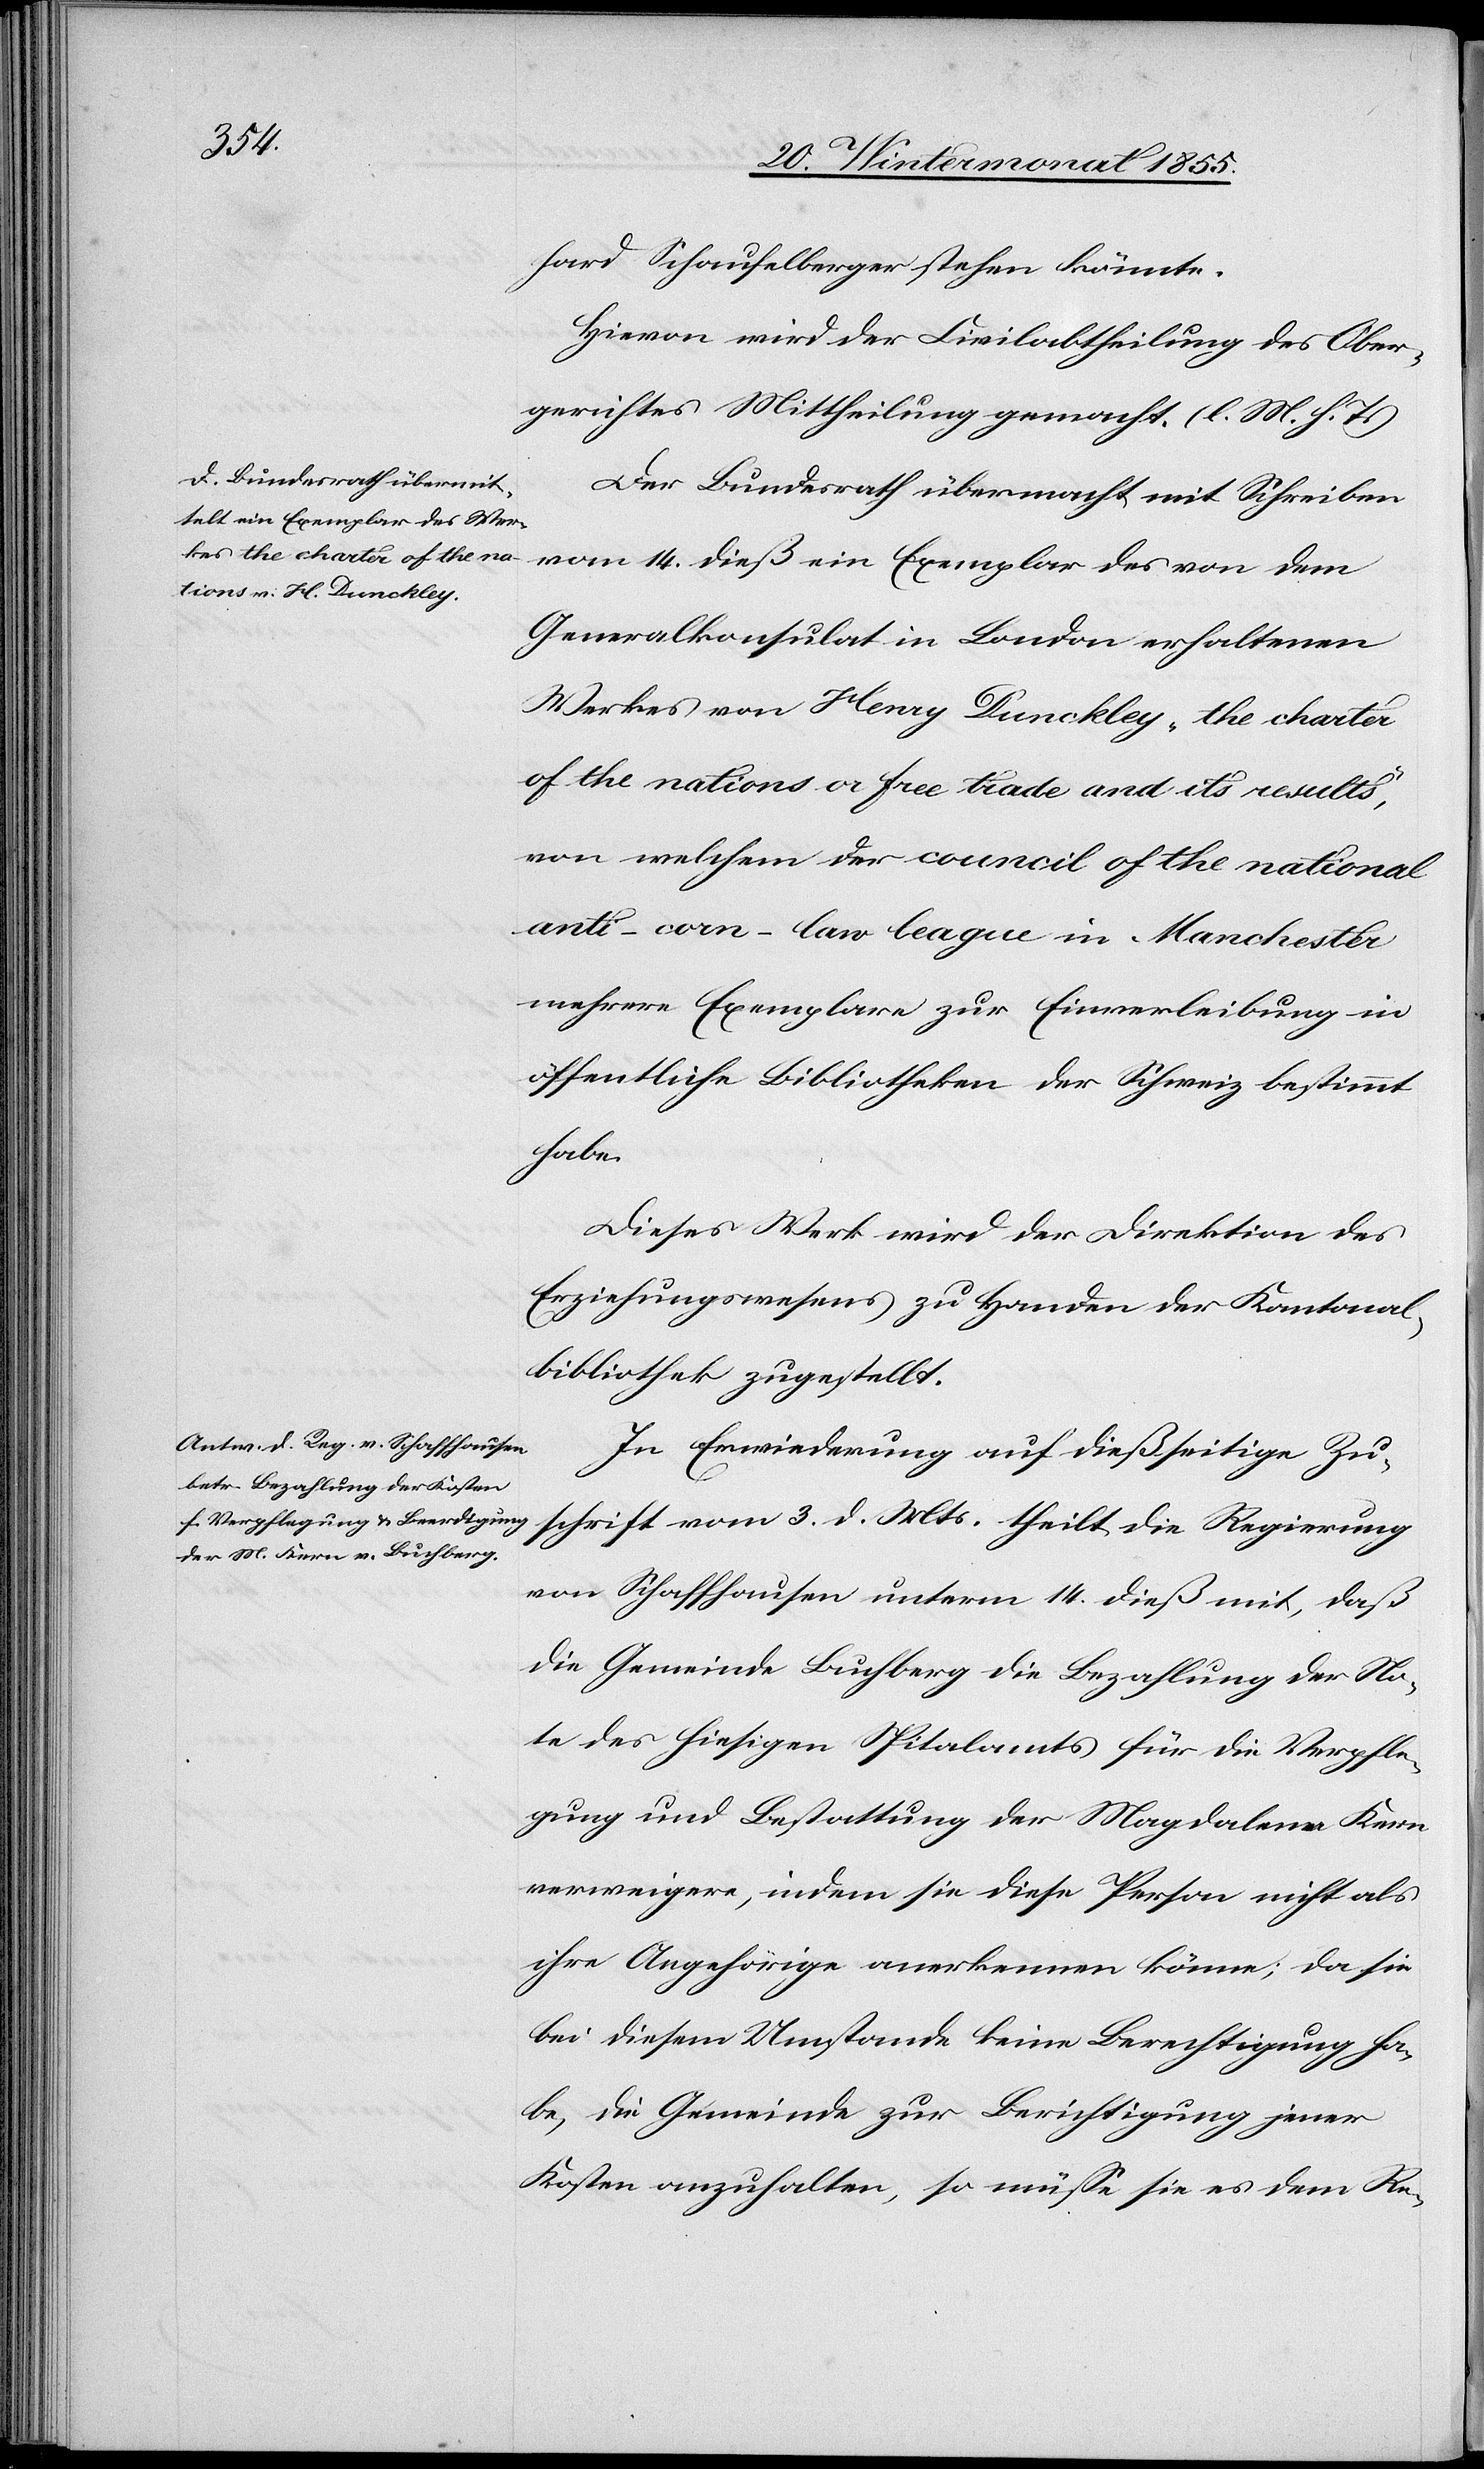
hard Schaufelberger stehen könnte.
Hievon wird der Civilabtheilung des Ober¬
gerichtes Mittheilung gemacht. (l. M. h. T.)
Der Bundesrath übermacht mit Schreiben
vom 14. dieß ein Exemplar des von dem
Generalkonsulat in London erhaltenen
Werkes von Henry Dunckley „the charter
of the nations or free trade and its results“,
von welchem der council of the national
anti-corn-law league in Manchester
mehrere Exemplare zur Einverleibung in
öffentliche Bibliotheken der Schweiz bestimmt
habe.
Dieses Werk wird der Direktion des
Erziehungswesens zu Handen der Kantonal¬
bibliothek zugestellt.
In Erwiederung auf dießseitige Zu¬
schrift vom 3. d. Mts. theilt die Regierung
von Schaffhausen unterm 14. dieß mit, daß
die Gemeinde Buchberg die Bezahlung der No¬
te des hiesigen Spitalamts für die Verpfle¬
gung und Bestattung der Magdalena Kern
verweigere, indem sie diese Person nicht als
ihre Angehörige anerkennen könne; da sie
bei diesem Umstande keine Berechtigung ha¬
be, die Gemeinde zur Berichtigung jener
Kosten anzuhalten, so müsse sie es dem Re-